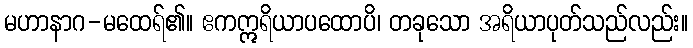
မဟာနာဂ-မထေရ်၏။ ဧကဣရိယာပထောပိ၊ တခုသော အရိယာပုတ်သည်လည်း။